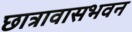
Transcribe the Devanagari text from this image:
छात्रावासभवन